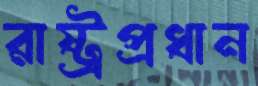
রাষ্ট্রপ্রধান